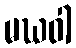
မဃဝါ